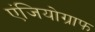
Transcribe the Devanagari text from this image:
एंजियोग्राफ